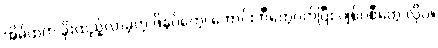
အိမ်ထဲက ခိုးထည့်လာခဲ့တဲ့ ဖိနပ်တွေ၊ ဘောင်းဘီတွေဝတ်ပြီး ဂျစ်ပစီတွေ လိုပဲ။